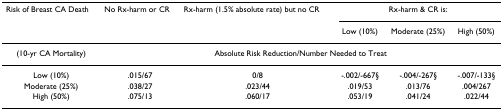
<table><thead><tr><td><b>Risk of Breast CA Death</b></td><td><b>No Rx-harm or CR</b></td><td><b>Rx-harm (1.5% absolute rate) but no CR</b></td><td colspan="3"><b>Rx-harm &amp; CR is:</b></td></tr><tr><td></td><td></td><td></td><td><b>Low (10%)</b></td><td><b>Moderate (25%)</b></td><td><b>High (50%)</b></td></tr></thead><tbody><tr><td>(10-yr CA Mortality)</td><td colspan="5">Absolute Risk Reduction/Number Needed to Treat</td></tr><tr><td>Low (10%)</td><td>.015/67</td><td>0/8</td><td>-.002/-667§</td><td>-.004/-267§</td><td>-.007/-133§</td></tr><tr><td>Moderate (25%)</td><td>.038/27</td><td>.023/44</td><td>.019/53</td><td>.013/76</td><td>.004/267</td></tr><tr><td>High (50%)</td><td>.075/13</td><td>.060/17</td><td>.053/19</td><td>.041/24</td><td>.022/44</td></tr></tbody></table>